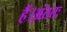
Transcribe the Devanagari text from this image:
हैं।अंततः